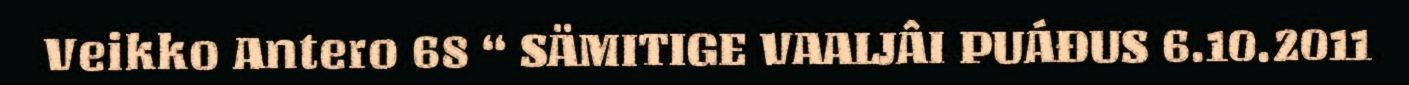
Veikko Antero 68 “ SÄMITIGE VAALJÂI PUÁĐUS 6.10.2011